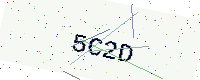
Text: 5C2D